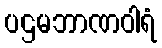
ပဌမဘာဏဝါရံ